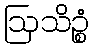
ဩသိဉ္စံ